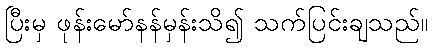
ပြီးမှ ဖုန်းမော်နန်မှန်းသိ၍ သက်ပြင်းချသည်။